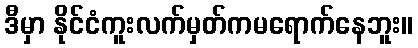
ဒီမှာ နိုင်ငံကူးလက်မှတ်ကမရောက်နေဘူး။